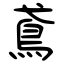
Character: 鳶